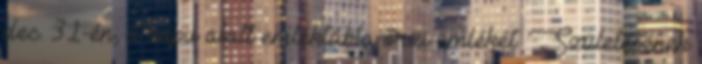
dec. 31-én; a kapu alatt emléktábla őrzi emlékét. Születésének